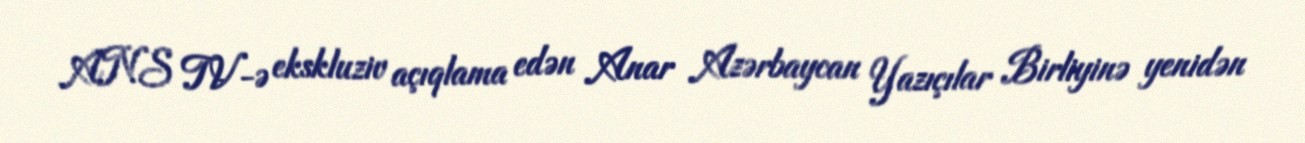
ANS TV-ə ekskluziv açıqlama edən Anar Azərbaycan Yazıçılar Birliyinə yenidən